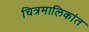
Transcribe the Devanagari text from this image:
चित्रमालिकांत